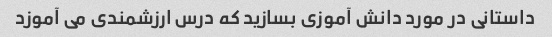
داستانی در مورد دانش آموزی بسازید که درس ارزشمندی می آموزد